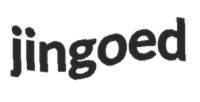
jingoed